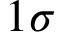
1 \sigma